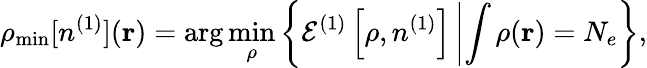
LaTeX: \rho_{\mathrm{min}}[n^{(1)}]({\mathbf r})=\arg\operatorname*{min}_{\rho}\left\{ {\cal E}^{(1)}\left[\rho,n^{(1)}\right]\left\vert\int\rho({\mathbf r})=N_{e}\right.\right\} ,